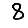
Digit: 8